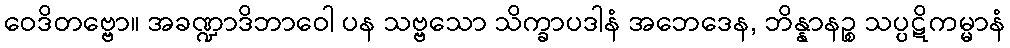
ဝေဒိတဗ္ဗော။ အခဏ္ဍာဒိဘာဝေါ ပန သဗ္ဗသော သိက္ခာပဒါနံ အဘေဒေန, ဘိန္နာနဉ္စ သပ္ပဋိကမ္မာနံ